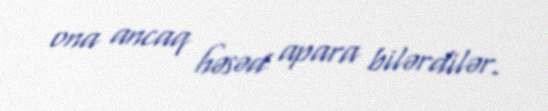
ona ancaq həsəd apara bilərdilər.